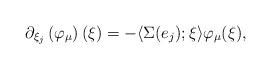
LaTeX: \begin{align*}\partial_{\xi_j} \left( \varphi_\mu \right)(\xi) = - \langle \Sigma(e_j) ; \xi \rangle \varphi_\mu(\xi), \end{align*}